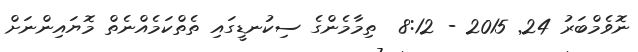
ނޮވެމްބަރު 24